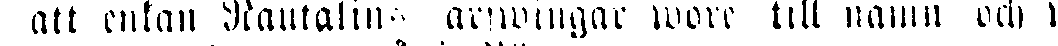
att enkan Rautalins arfwingar wore till namn och s